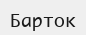
Барток